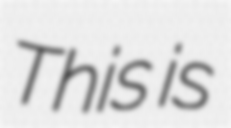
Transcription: This is